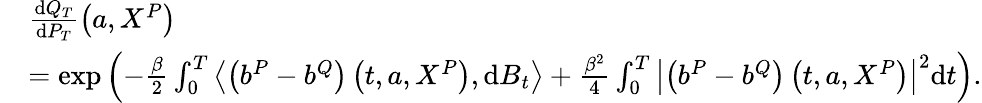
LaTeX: \begin{array}{rl}&{\frac{\mathrm{d}Q_{T}}{\mathrm{d}P_{T}}\left(a,X^{P}\right)}\\ &{=\exp\left(-\frac{\beta}{2}\int_{0}^{T}\left\langle\left(b^{P}-b^{Q}\right)\left(t,a,X^{P}\right),\mathrm{d}B_{t}\right\rangle+\frac{\beta^{2}}{4}\int_{0}^{T}\left|\left(b^{P}-b^{Q}\right)\left(t,a,X^{P}\right)\right|^{2}\mathrm{d}t\right).}\end{array}